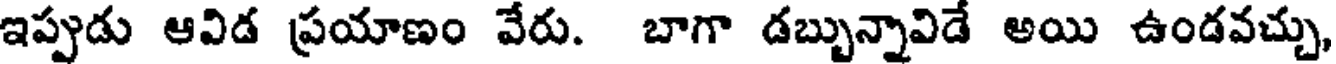
ఇప్పుడు ఆవిడ ప్రయాణం వేరు. బాగా డబ్బున్నావిడే అయి ఉండవచ్చు,